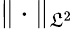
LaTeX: \| \cdot\| _{\mathfrak{L}^{2}}